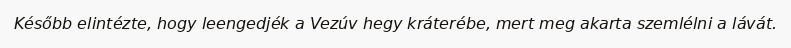
Később elintézte, hogy leengedjék a Vezúv hegy kráterébe, mert meg akarta szemlélni a lávát.